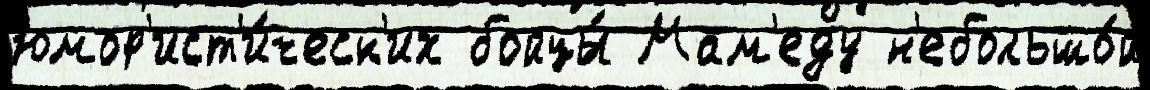
юмор'ист'и́ческ'их бойцы́ Мам'еду н'ебольшо́й